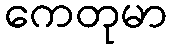
ကေတုမာ